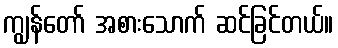
ကျွန်တော် အစားသောက် ဆင်ခြင်တယ်။